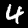
Digit: 4